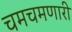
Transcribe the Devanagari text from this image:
चमचमणारी